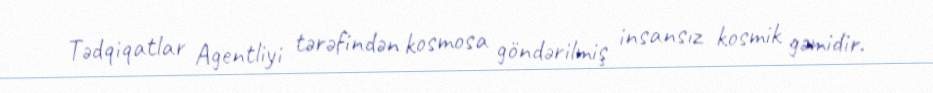
Tədqiqatlar Agentliyi tərəfindən kosmosa göndərilmiş insansız kosmik gəmidir.